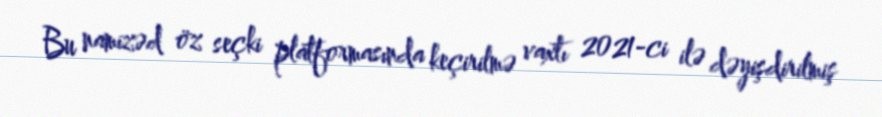
Bu namizəd öz seçki platformasında keçirilmə vaxtı 2021-ci ilə dəyişdirilmiş